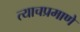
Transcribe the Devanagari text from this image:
त्‍याचप्रमाणे